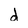
Character: d